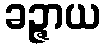
ခဉ္ဇာယ